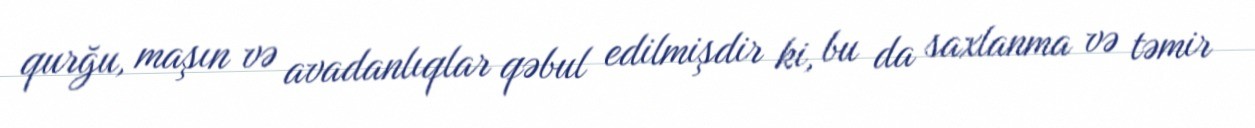
qurğu, maşın və avadanlıqlar qəbul edilmişdir ki, bu da saxlanma və təmir